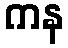
ကန